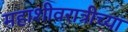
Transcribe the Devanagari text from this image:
महाशीवरात्रीच्या